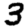
Digit: 3